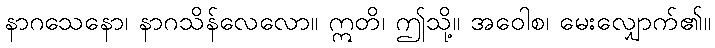
နာဂသေနော၊ နာဂသိန်လေလော။ ဣတိ၊ ဤသို့။ အဝေါစ၊ မေးလျှောက်၏။